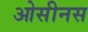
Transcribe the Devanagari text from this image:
ओसीनस